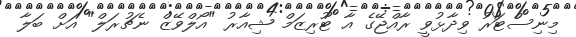
މިނިސްޓަރު ވިދާޅުވީ ރާއްޖޭގެ އާ ޓޫރިޒަމް ޝިއާރު "އޯލްވޭޒް ނެޗުރަލް" އަށް ބަލާ